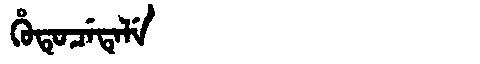
Manchu: ᡥᡠᡨᡠᠴᡝᡨᡝᠯᡝ
Romanization: HUTUCETELE